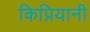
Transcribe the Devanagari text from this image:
किप्रियानी